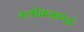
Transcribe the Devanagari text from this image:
श्लोकखण्डों